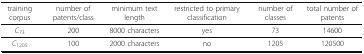
| training corpus | number of patents/class | minimum text length | restricted to primary classification | number of classes | total number of patents |
 | --- | --- | --- | --- | --- | --- |
 | C73 | 200 | 8000 characters | yes | 73 | 14600 |
 | C1205 | 100 | 2000 characters | no | 1205 | 120500 |